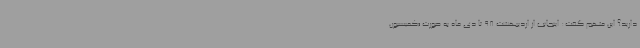
دارید؟ این متهم گفت: اینجانب از اردیبهشت 98 تا دی ماه به صورت «کمیسیون